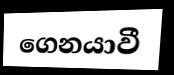
ගෙනයාවී